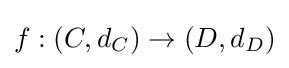
f:(C,d_{C})\to (D,d_{D})